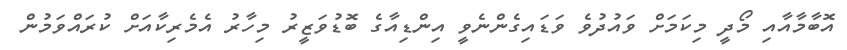
އޮބާމާއާއި މޯދީ މިކަމަށް ވައުދުވެ ވަޑައިގެންނެވީ އިންޑިއާގެ ބޮޑުވަޒީރު މިހާރު އެމެރިކާއަށް ކުރައްވަމުން